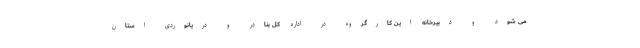
می شود و دبیرخانه این کارگروه در اداره کل بنادر و دریانوردی استان